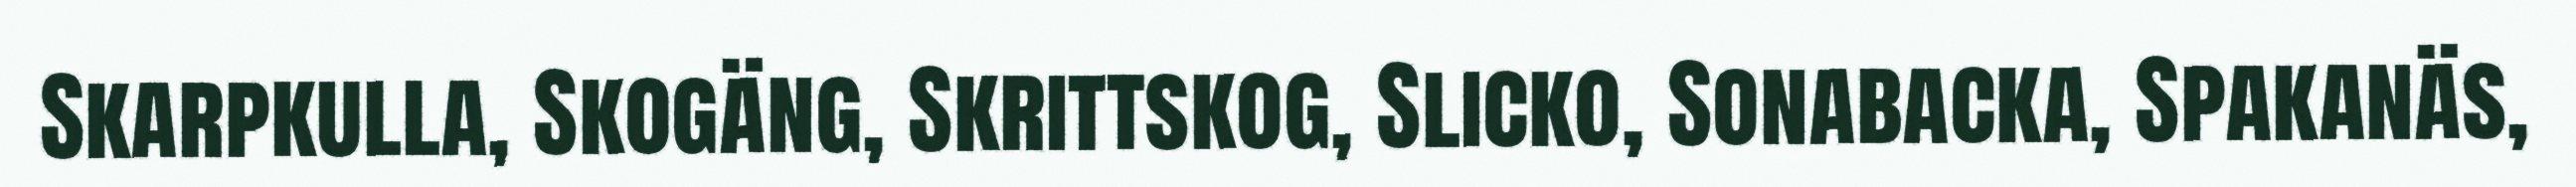
Skarpkulla, Skogäng, Skrittskog, Slicko, Sonabacka, Spakanäs,